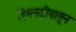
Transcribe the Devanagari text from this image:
हिमनदीपासून